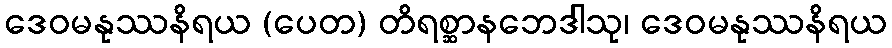
ဒေဝမနုဿနိရယ (ပေတ) တိရစ္ဆာနဘေဒါသု၊ ဒေဝမနုဿနိရယ